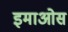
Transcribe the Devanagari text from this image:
इमाओस